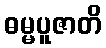
ဓမ္မပူဇာတိ